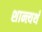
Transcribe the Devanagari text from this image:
शान्त्यर्थं